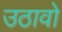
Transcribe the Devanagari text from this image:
उठावो